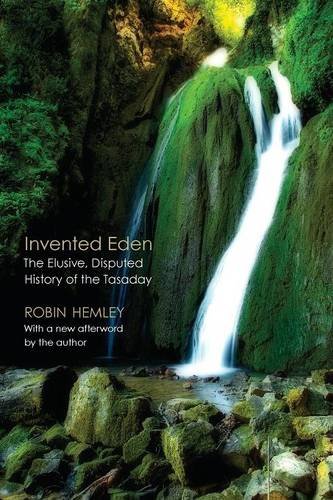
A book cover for Invented Eden: The Elusive, Disputed History of the Tasaday; Robin Hemley; History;